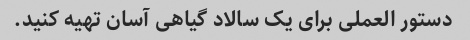
دستور العملی برای یک سالاد گیاهی آسان تهیه کنید.